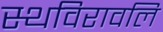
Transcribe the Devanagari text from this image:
स्थविरावलि